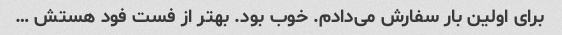
برای اولین بار سفارش می‌دادم. خوب بود. بهتر از فست فود هستش …